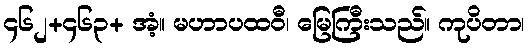
၄၆၂+၄၆၃+ အံ့။ မဟာပထဝီ၊ မြေကြီးသည်။ ကုပိတာ၊